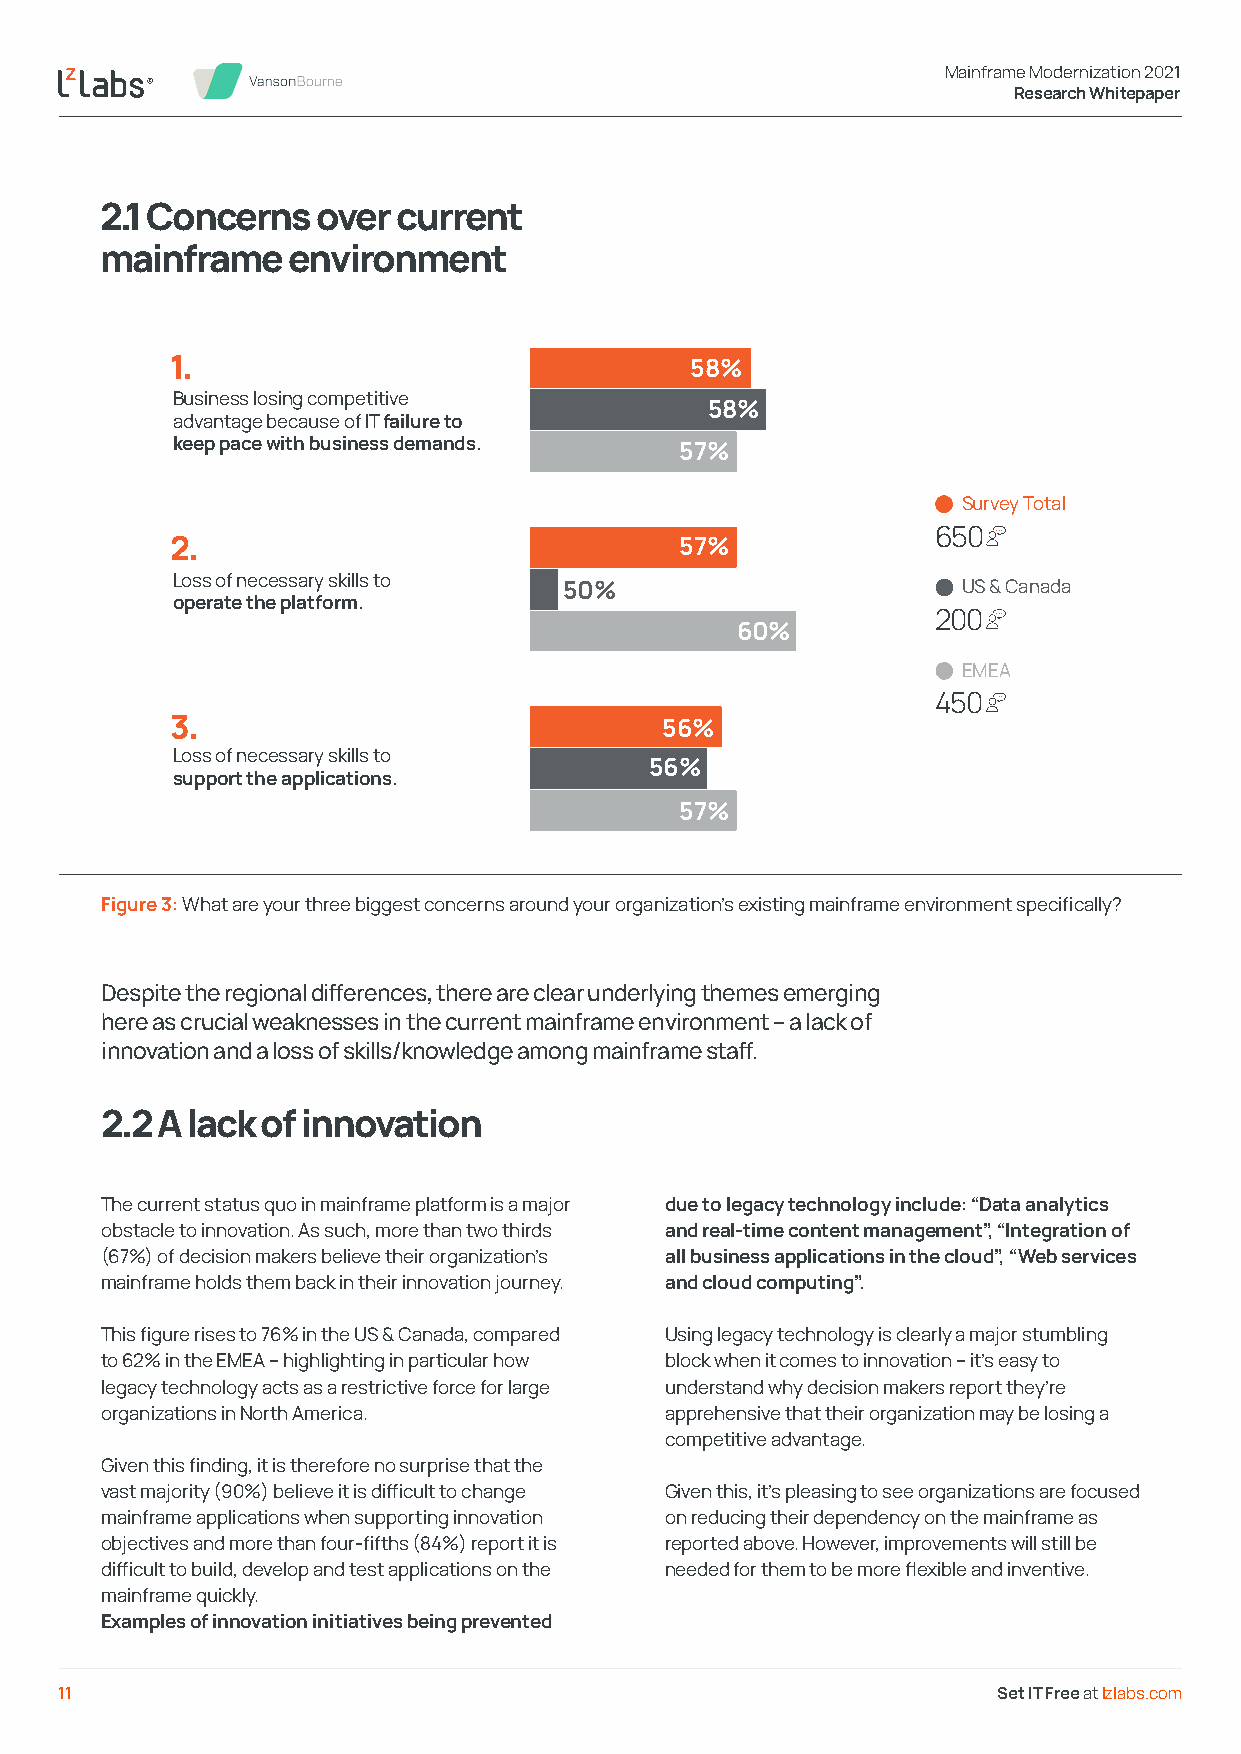
Mainframe Modernization 2021
 Research Whitepaper
 2.1 Concerns  over current
 mainframe   environment
 1.                                 58%
 Business losing competitive
 58%
 advantage because of IT failure to
 keep pace with business demands.  57%
 Survey Total
 650
 2.                                57%
 Loss of necessary skills to
 50%                        US & Canada
 operate the platform.
 200
 60%
 EMEA
 450
 3.                               56%
 Loss of necessary skills to
 56%
 support the applications.
 57%
 Figure 3: What are your three biggest concerns around your organization’s existing mainframe environment specifically?
 Despite the regional differences, there are clear underlying themes emerging
 here as crucial weaknesses in the current mainframe environment – a lack of
 innovation and a loss of skills/knowledge among mainframe staff.
 2.2 A lack of innovation
 The current status quo in mainframe platform is a major due to legacy technology include: “Data analytics
 obstacle to innovation. As such, more than two thirds and real-time content management”, “Integration of
 (67%) of decision makers believe their organization’s all business applications in the cloud”, “Web services
 mainframe holds them back in their innovation journey. and cloud computing”.
 This figure rises to 76% in the US & Canada, compared Using legacy technology is clearly a major stumbling
 to 62% in the EMEA – highlighting in particular how block when it comes to innovation – it’s easy to
 legacy technology acts as a restrictive force for large understand why decision makers report they’re
 organizations in North America.      apprehensive that their organization may be losing a
 competitive advantage.
 Given this finding, it is therefore no surprise that the
 vast majority (90%) believe it is difficult to change Given this, it’s pleasing to see organizations are focused
 mainframe applications when supporting innovation on reducing their dependency on the mainframe as
 objectives and more than four-fifths (84%) report it is reported above. However, improvements will still be
 difficult to build, develop and test applications on the needed for them to be more flexible and inventive.
 mainframe quickly.
 Examples of innovation initiatives being prevented
 11                                                            Set IT Free at lzlabs.com